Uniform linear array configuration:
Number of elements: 64
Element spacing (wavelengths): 0.75
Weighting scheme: hann
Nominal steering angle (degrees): -60
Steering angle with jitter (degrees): -60.305
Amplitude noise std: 0.05
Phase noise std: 0.05

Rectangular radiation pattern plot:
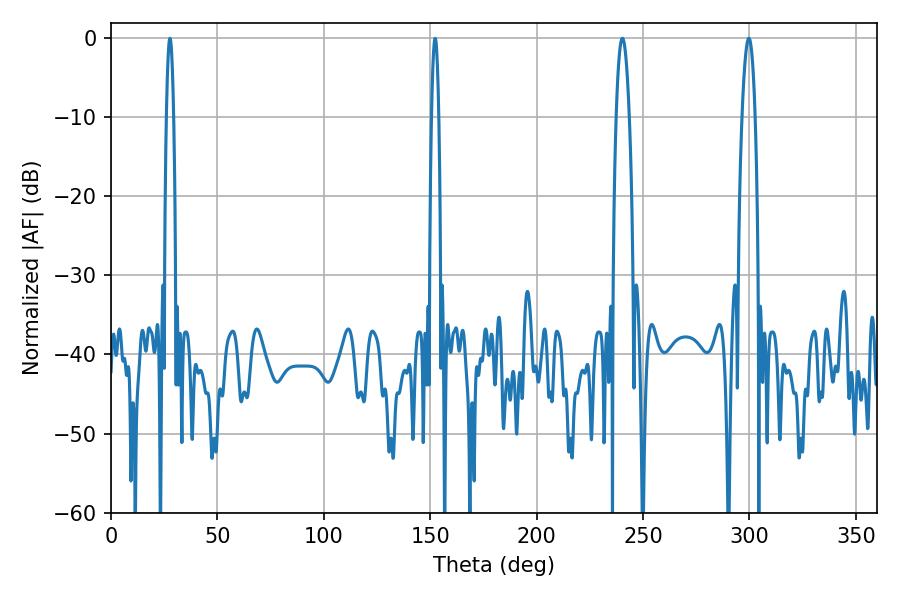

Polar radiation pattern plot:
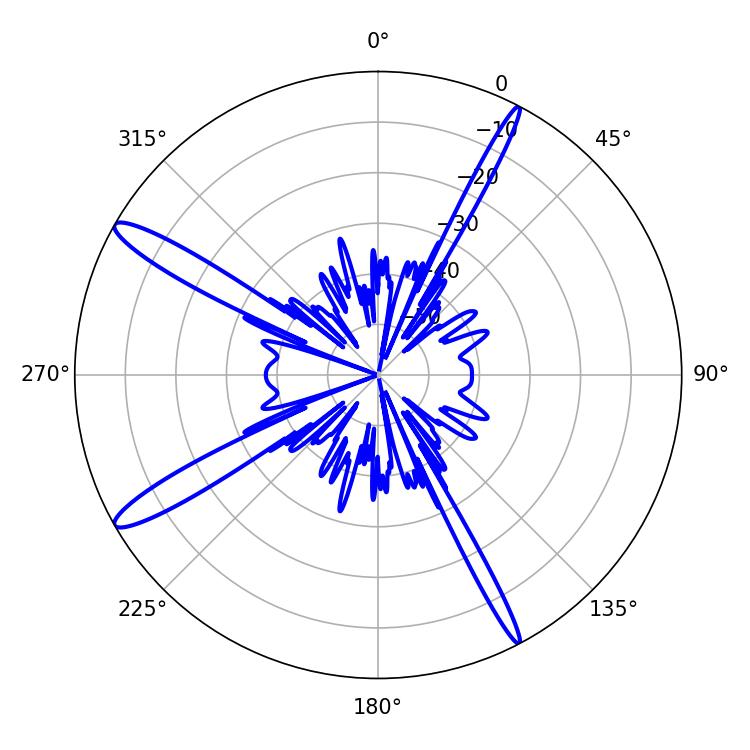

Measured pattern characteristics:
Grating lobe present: TRUE
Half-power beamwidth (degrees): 3.42
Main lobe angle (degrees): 299.7